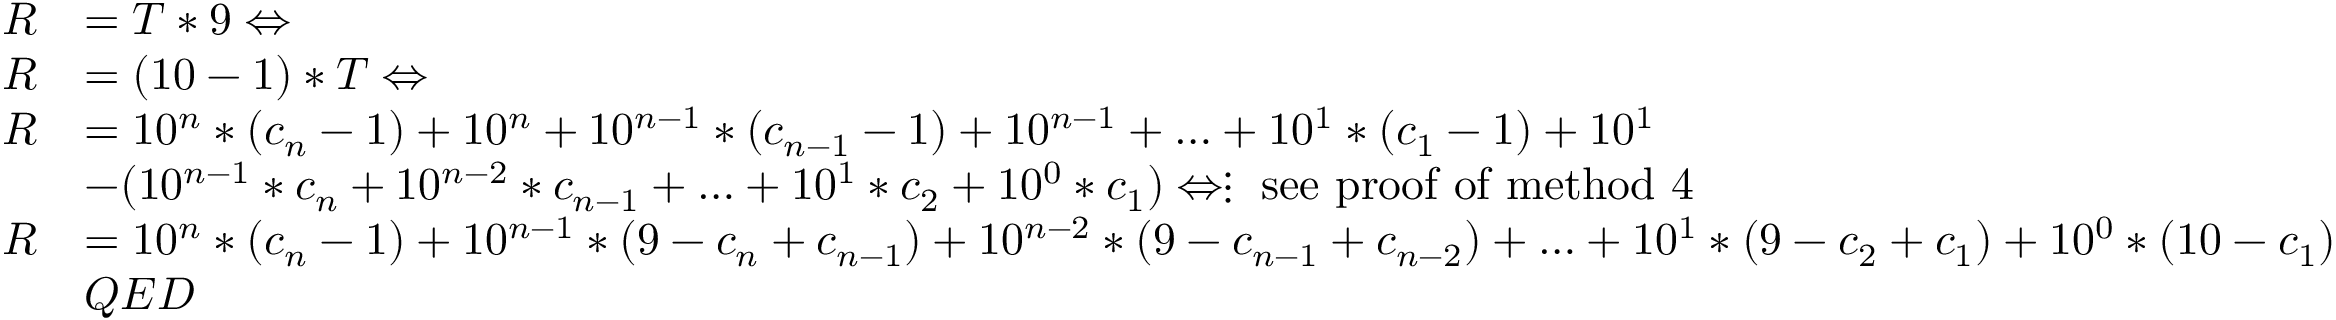
{ \begin{array} { r l } { R } & { = T * 9 \Leftrightarrow } \\ { R } & { = ( 1 0 - 1 ) * T \Leftrightarrow } \\ { R } & { = 1 0 ^ { n } * ( c _ { n } - 1 ) + 1 0 ^ { n } + 1 0 ^ { n - 1 } * ( c _ { n - 1 } - 1 ) + 1 0 ^ { n - 1 } + \ldots + 1 0 ^ { 1 } * ( c _ { 1 } - 1 ) + 1 0 ^ { 1 } } \\ & { - ( 1 0 ^ { n - 1 } * c _ { n } + 1 0 ^ { n - 2 } * c _ { n - 1 } + \ldots + 1 0 ^ { 1 } * c _ { 2 } + 1 0 ^ { 0 } * c _ { 1 } ) \Leftrightarrow \vdots { \mathrm { ~ s e e ~ p r o o f ~ o f ~ m e t h o d ~ 4 } } } \\ { R } & { = 1 0 ^ { n } * ( c _ { n } - 1 ) + 1 0 ^ { n - 1 } * ( 9 - c _ { n } + c _ { n - 1 } ) + 1 0 ^ { n - 2 } * ( 9 - c _ { n - 1 } + c _ { n - 2 } ) + \ldots + 1 0 ^ { 1 } * ( 9 - c _ { 2 } + c _ { 1 } ) + 1 0 ^ { 0 } * ( 1 0 - c _ { 1 } ) } \\ & { Q E D } \end{array} }